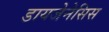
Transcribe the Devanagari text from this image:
डायजेनेसिस